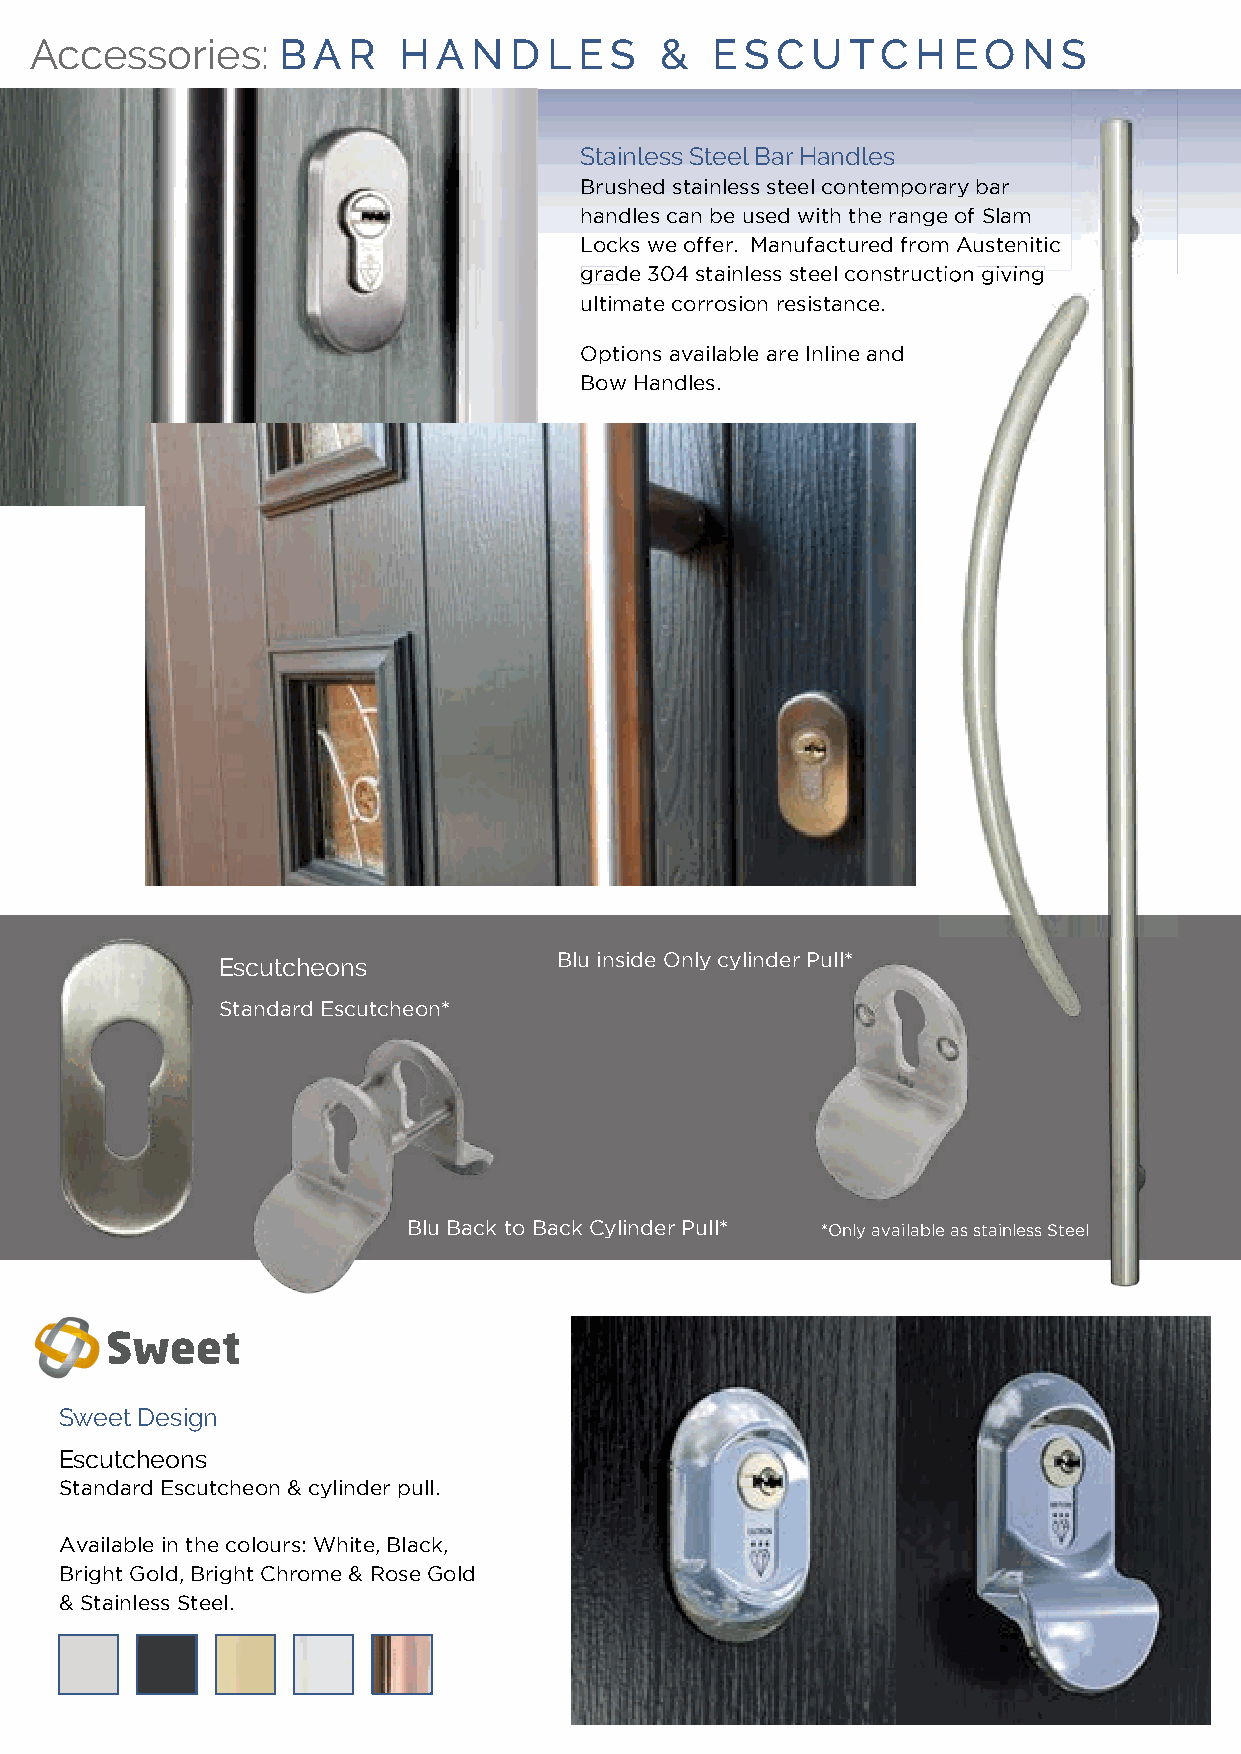
AAcccceessssoorriieess:: BBAA RR HH AA NN DD LL EE SS && EE SS CC UU TTCC HH EEOO NN SS                                       D  O O  R  K  N O  C K E R  S  5 5
 SSttaaiinnlleessss SStteeeell BBaarr HHaannddlleess
 BBrruusshheedd ssttaaiinnlleessss sstteeeell ccoonntteemmppoorraarryy bbaarr
 hhaannddlleess ccaann bbee uusseedd wwiitthh tthhee rraannggee ooff SSllaamm
 LLoocckkss wwee ooffffeerr.. MMaannuuffaaccttuurreedd ffrroomm AAuusstteenniittiicc
 gggrrraaadddeee 333000444 ssstttaaaiiinnnllleeessssss sssttteeeeeelll cccooonnnssstttrrruuuccctttiiiooonnn gggiiivvviiinnnggg
 uullttiimmaattee ccoorrrroossiioonn rreessiissttaannccee..
 OOppttiioonnss aavvaaiillaabbllee aarree IInnlliinnee aanndd
 BBooww HHaannddlleess..
 Urn Style
 Available with or without viewing hole.
 Available in: White, Black, Bright Gold, Bright Chrome,
 Satin Chrome, 7016 Grey & Graphite.
 Heritage Bullring
 Bullring knocker available in: Antique Black, Bright Gold,
 Bright Chrome & Graphite.
 EEssccuuttcchheeoonnss BBlluu iinnssiiddee OOnnllyy ccyylliinnddeerr PPuullll**
 SSttaannddaarrdd EEssccuuttcchheeoonn**
 Sweet 2 Part Knocker                     Architectural Style
 Available in: Antique Black, Bright
 BBlluu BBaacckk ttoo BBaacckk CCyylliinnddeerr PPuullll** **OOnnllyy aavvaaiillaabbllee aass ssttaaiinnlleessss SStteeeell Available in the colours: Gold, Bright Chrome & Graphite.
 White, Black, Bright Gold,
 Bright Chrome & Rose Gold &
 Stainless Steel.
 SSwweeeett DDeessiiggnn
 EEssccuuttcchheeoonnss
 SSttaannddaarrdd EEssccuuttcchheeoonn && ccyylliinnddeerr ppuullll..
 AAvvaaiillaabbllee iinn tthhee ccoolloouurrss:: WWhhiittee,, BBllaacckk,,
 BBrriigghhtt GGoolldd,, BBrriigghhtt CChhrroommee && RRoossee GGoolldd
 && SSttaaiinnlleessss SStteeeell..